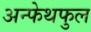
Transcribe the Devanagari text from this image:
अन्फेथफुल